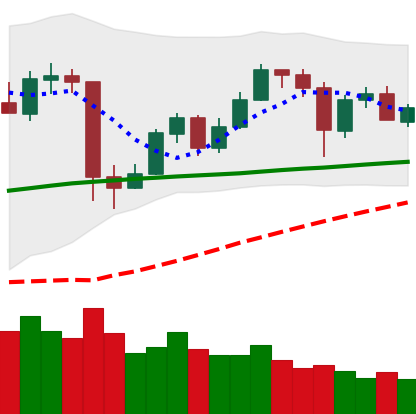
Ticker: ETH-USD
Chart end date: 2020-05-25
Forward return: 18.033%
Label: up_7plus